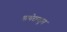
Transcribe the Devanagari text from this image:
माथेरानहून